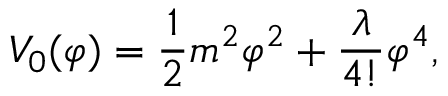
V _ { 0 } ( \varphi ) = \frac { 1 } { 2 } m ^ { 2 } \varphi ^ { 2 } + \frac { \lambda } { 4 ! } \varphi ^ { 4 } ,